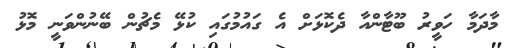
މާދަމާ ހަވީރު ބޫޓާންއާ ދެކޮޅަށް އެ ގައުމުގައި ކުޅޭ މެޗުން ބޭނުންވަނީ މޮޅު